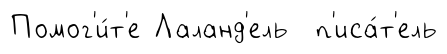
Помог'и́т'е Лаланд'ель п'иса́т'ель